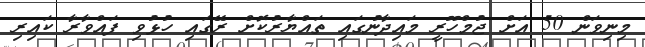
މިނިވަން 50 އަށް ޖުމްހޫރީ މައިދާނުގައި ތައްޔާރުކޮށް ރޭގައި ހުޅުވި ފައްވާރާ ކައިރި